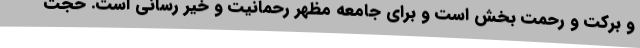
و برکت و رحمت بخش است و برای جامعه مظهر رحمانیت و خیر رسانی است. حجت